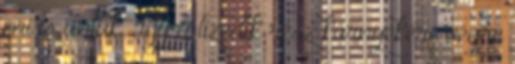
mi is untuk. Így a tizedik rész környékére végre